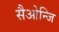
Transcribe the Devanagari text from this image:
सैओन्जि